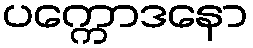
ပက္ကောဒနော